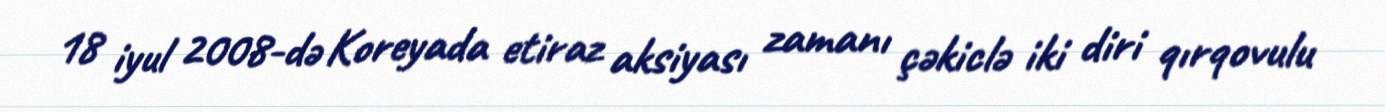
18 iyul 2008-də Koreyada etiraz aksiyası zamanı çəkiclə iki diri qırqovulu